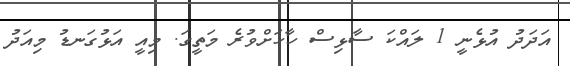
އަދަދު އުޅެނީ 1 ލައްކަ ސާޅިސް ހާހަށްވުރެ މަތީގަ. މިއީ އަޅުގަނޑު މިއަދު